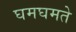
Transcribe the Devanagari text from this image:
घमघमते